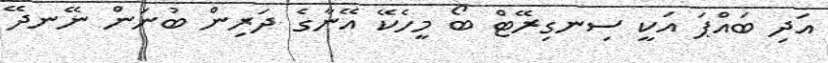
އަދި ބައްޕަ އަކީ ސިނގިރޭޓް ބޯ މީހެކޭ އޭނާގެ ދަރިން ބުނަން ނޭނދޭ